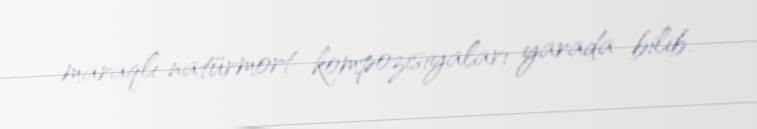
maraqlı natürmort kompozisiyaları yarada bilib.